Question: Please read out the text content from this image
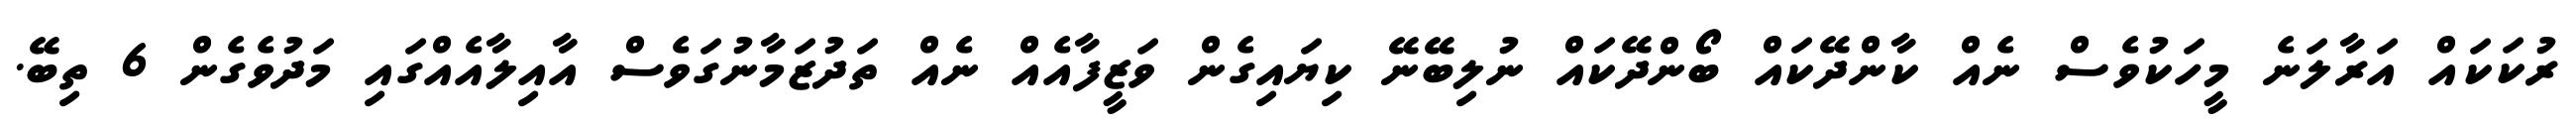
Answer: ރުކަކައް އަރާލަނެ މީހަކުވެސް ނެއް ކާންދޭކައް ބޯންދޭކައް ނުލިބޭނޭ ކިޔައިގެން ވަޒީފާއެއް ނެއް ތަދުޒަމާނުގަވެސް އާއިލާއެއްގައި މަދުވެގެން 6 ތިބޭ.